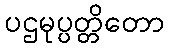
ပဌမုပ္ပတ္တိတော